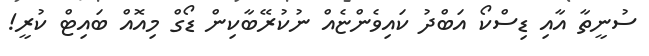
ސުނީތާ އާއި ޑިސްކޯ އަބްދު ކައިވެންޏެއް ނުކުރޭބާކިން ޑޯގް މިއޮއް ބައިޓް ކުރީ!